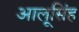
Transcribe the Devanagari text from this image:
आलूसिंह